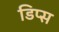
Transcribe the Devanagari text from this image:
डिप्स